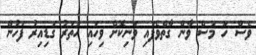
ވެސް ހަ މަސް ވާން ގާތްވެފައި ވަނިކޮށް ވިހައި ހަތަރު ގަޑިއިރު ފަހުން